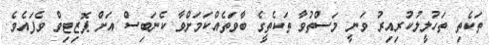
ތަކެތި ތަހުލީލުކުރިއިރު ވަނީ މަސްތުވާ ތަކެތީގެ ބާވަތެއްކަމަށްވާ ކެނަބިސް އަށް ޕޮޒިޓިވް ވެފައެވެ.